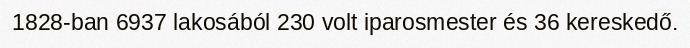
1828-ban 6937 lakosából 230 volt iparosmester és 36 kereskedő.